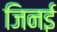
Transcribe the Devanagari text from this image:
जिनई